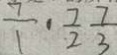
\frac { 7 } { 1 } \cdot \frac { 7 } { 2 } \frac { 7 } { 3 }